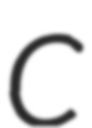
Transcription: C